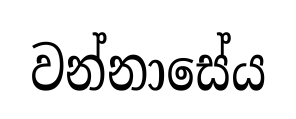
වන්නාසේය